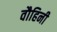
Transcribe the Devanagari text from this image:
वौहिनी